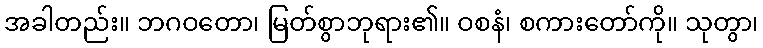
အခါတည်း။ ဘဂဝတော၊ မြတ်စွာဘုရား၏။ ဝစနံ၊ စကားတော်ကို။ သုတွာ၊